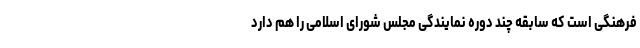
فرهنگی است که سابقه چند دوره نمایندگی مجلس شورای اسلامی را هم دارد